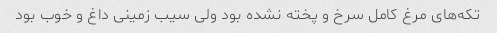
تکه‌های مرغ کامل سرخ و پخته نشده بود ولی سیب زمینی داغ و خوب بود